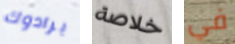
برادوك خلاصة في